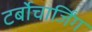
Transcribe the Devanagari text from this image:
टर्बोचार्जिंग